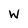
Character: W